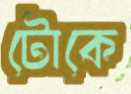
টোকে